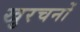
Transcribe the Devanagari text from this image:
खुरचनों